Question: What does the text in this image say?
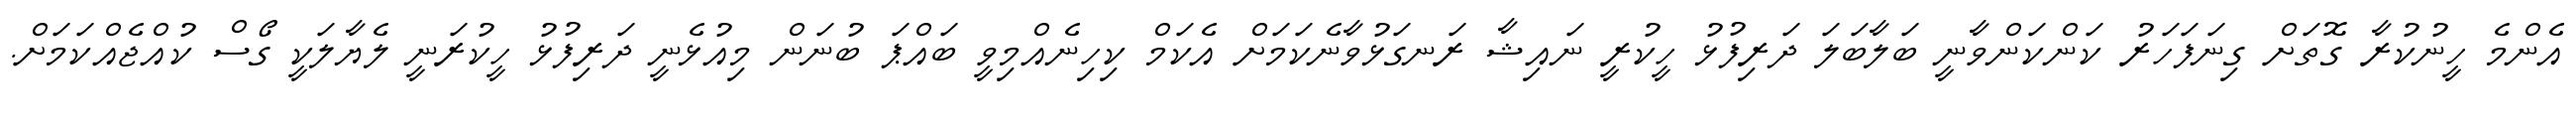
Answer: އެންމެ ހީނުކުރާ ގޮތަށް ގިނަފަހަރު ކަންކަންވާނީ ބަލާބަލަ ދަރިފުޅު ހީކުރީ ނައިޝާ ރަނގަޅުވާނެކަމަށް އެކަމް ކިހިނެއްމިވީ ބައްޕަ ބުނަން މިއުޅެނީ ދަރިފުޅު ހީކުރަނީ ލެޔާލަކީ ގޯސް ކުއްޖެއްކަމަށް.